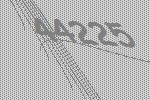
44225